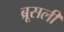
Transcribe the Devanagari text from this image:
ब्रूसली